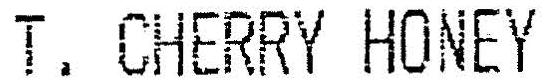
T. CHERRY HONEY